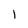
Character: l